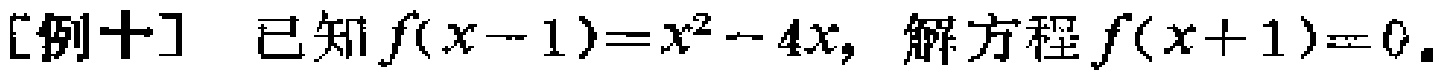
[例十] 已知\(f(x - 1)=x^{2}-4x\)，解方程\(f(x + 1)=0\)。